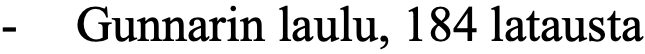
- Gunnarin laulu, 184 latausta